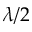
\lambda / 2